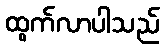
ထွက်လာပါသည်